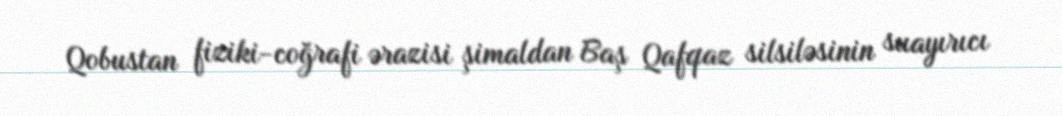
Qobustan fiziki-coğrafi ərazisi şimaldan Baş Qafqaz silsiləsinin suayırıcı